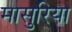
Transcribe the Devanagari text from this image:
मासुरिया